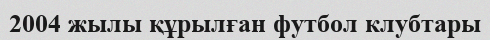
2004 жылы құрылған футбол клубтары